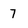
Character: 7